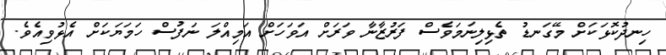
ހިނދުކޮޅަކަށް މޭގަނޑު ތެޅިލިނަމަވެސް ފަރުޒާނާ ވަރަށް އަވަހަށް އަމިއްލަ ނަފުސް ހަމަޔަކަށް އެޅުވިއެވެ.